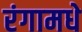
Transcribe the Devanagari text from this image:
रंगामधे